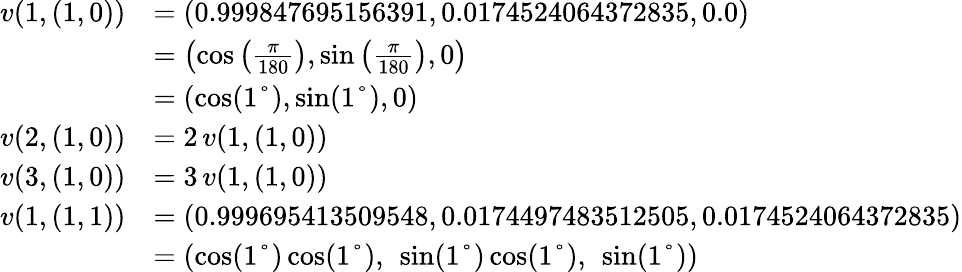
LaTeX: \begin{array}{rl}{v(1,(1,0))}&{=(0.999847695156391,0.0174524064372835,0.0)}\\ &{=\left(\cos\left(\frac{\pi}{180}\right),\sin\left(\frac{\pi}{180}\right),0\right)}\\ &{=\left(\cos(1°),\sin(1°),0\right)}\\ {v(2,(1,0))}&{=2\, v(1,(1,0))}\\ {v(3,(1,0))}&{=3\, v(1,(1,0))}\\ {v(1,(1,1))}&{=(0.999695413509548,0.0174497483512505,0.0174524064372835)}\\ &{=\left(\cos(1°)\cos(1°),\ \sin(1°)\cos(1°),\ \sin(1°)\right)}\end{array}